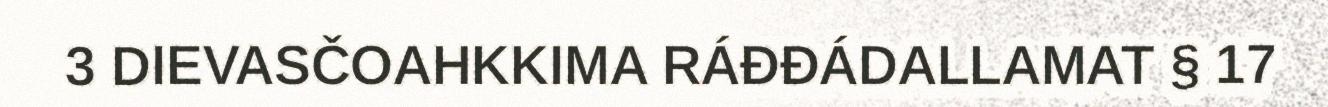
3 DIEVASČOAHKKIMA RÁĐĐÁDALLAMAT § 17